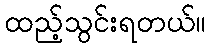
ထည့်သွင်းရတယ်။